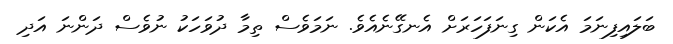
ބަލައިފިނަމަ އެކަން ގިނަފަހަރަށް އެނގޭނެއެވެ. ނަމަވެސް ތިމާ ދުވަހަކު ނުވެސް ދަންނަ އަދި